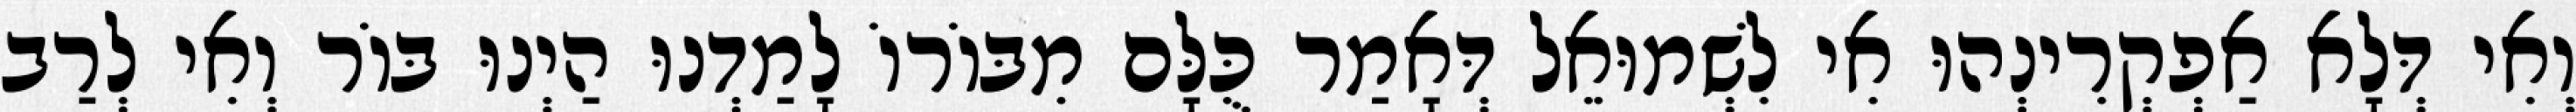
וְאִי דְּלָא אַפְקְרִינְהוּ אִי לִשְׁמוּאֵל דְּאָמַר כֻּלָּם מִבּוֹרוֹ לָמַדְנוּ הַיְנוּ בּוֹר וְאִי לְרַב